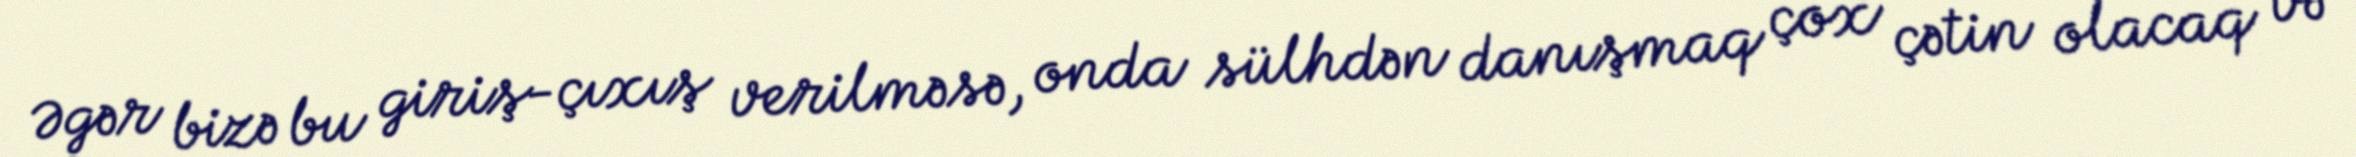
Əgər bizə bu giriş-çıxış verilməsə, onda sülhdən danışmaq çox çətin olacaq və